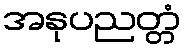
အနုပညတ္တံ